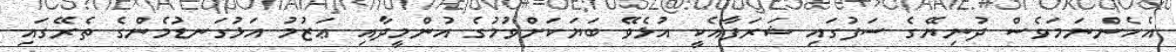
އެހެންނަމަވެސް ދުނިޔޭގެ ސަފުގައި ޝަރަފާއެކީ އުޅެވޭ ބަޔަކަށްވުމުގެ އުންމީދާއި ޢަޒުމު އަޅުގަނޑުމެންގެ ތެރޭގައި